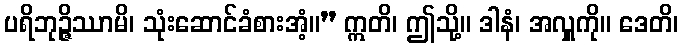
ပရိဘုဉ္ဇိဿာမိ၊ သုံးဆောင်ခံစားအံ့။” ဣတိ၊ ဤသို့။ ဒါနံ၊ အလှူကို။ ဒေတိ၊